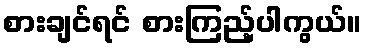
စားချင်ရင် စားကြည့်ပါကွယ်။